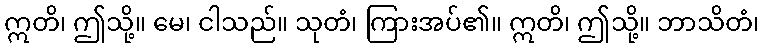
ဣတိ၊ ဤသို့။ မေ၊ ငါသည်။ သုတံ၊ ကြားအပ်၏။ ဣတိ၊ ဤသို့။ ဘာသိတံ၊